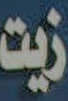
زيت